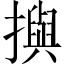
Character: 𢷣